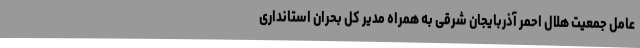
عامل جمعیت هلال احمر آذربایجان شرقی به همراه مدیر کل بحران استانداری